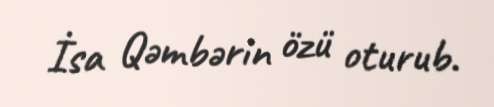
İsa Qəmbərin özü oturub.